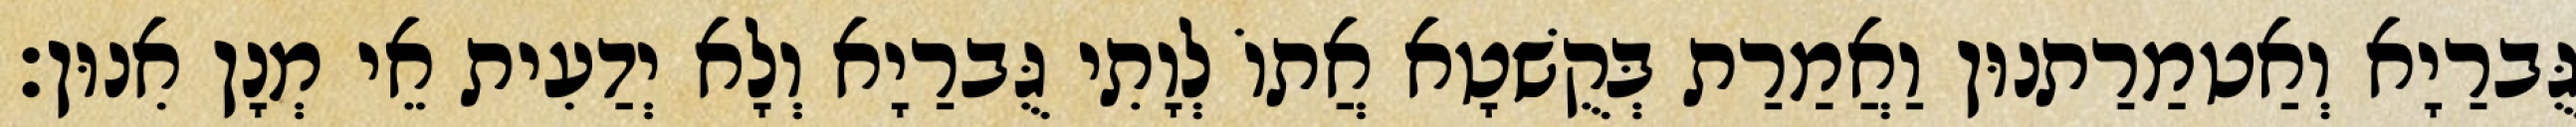
גֻּברַיָא וְאַטמַרַתנוּן וַאֲמַרַת בְּקֻשׁטָא אֲתוֹ לְוָתִי גֻּברַיָא וְלָא יְדַעִית אֵי מְנָן אִנוּן׃